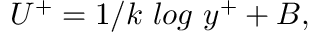
\begin{array} { r } { U ^ { + } = 1 / k ~ l o g ~ y ^ { + } + B , } \end{array}